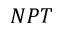
N P T